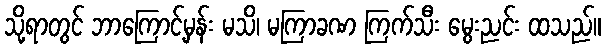
သို့ရာတွင် ဘာကြောင့်မှန်း မသိ၊ မကြာခဏ ကြက်သီး မွေးညင်း ထသည်။